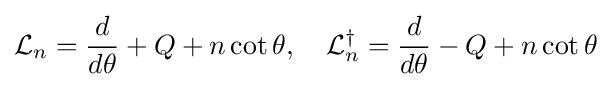
{\mathcal {L}}_{n}={\frac {d}{{d}\theta }}+Q+n\cot \theta ,\quad {\mathcal {L}}_{n}^{\dagger }={\frac {d}{{d}\theta }}-Q+n\cot \theta